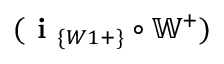
( \textbf { i } _ { \{ W 1 + \} } \circ \mathbb { W } ^ { + } )